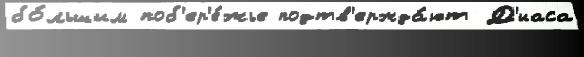
бо́льшим поб'ер'е́жье подтв'ержда́ют Д'иаса